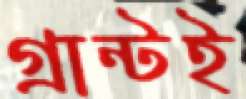
গ্রান্টই